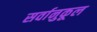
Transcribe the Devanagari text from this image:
सर्वानुकूल